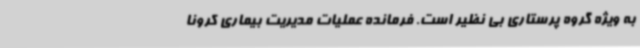
به ویژه گروه پرستاری بی نظیر است. فرمانده عملیات مدیریت بیماری کرونا